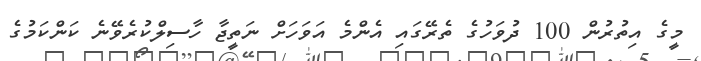
މީގެ އިތުރުން 100 ދުވަހުގެ ތެރޭގައި އެންމެ އަވަހަށް ނަތީޖާ ހާސިލްކުރެވޭނެ ކަންކަމުގެ